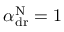
\alpha _ { \mathrm { d r } } ^ { \mathrm { N } } = 1